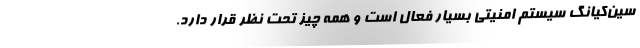
سین‌کیانگ سیستم امنیتی بسیار فعال است و همه چیز تحت نظر قرار دارد.